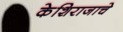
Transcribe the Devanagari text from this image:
केशिराजाचे